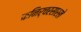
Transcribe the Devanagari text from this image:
फनिर्चरसारखे